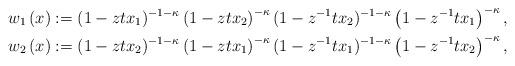
LaTeX: \begin{align*}w_{1}\left( x\right) & :=(1-ztx_{1})^{-1-\kappa}\left( 1-ztx_{2}\right)^{-\kappa}(1-z^{-1}tx_{2})^{-1-\kappa}\left( 1-z^{-1}tx_{1}\right)^{-\kappa},\\w_{2}\left( x\right) & :=(1-ztx_{2})^{-1-\kappa}\left( 1-ztx_{1}\right)^{-\kappa}(1-z^{-1}tx_{1})^{-1-\kappa}\left( 1-z^{-1}tx_{2}\right)^{-\kappa},\end{align*}